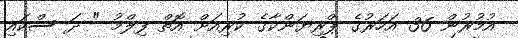
އުމުރުން 36 އަހަރުގެ ޕްރިޔަންކާގެ ކުރިއަށް އޮތް ފިލްމު " ދަ ސްކައި